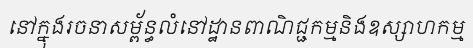
នៅក្នុងរចនាសម្ព័ន្ធលំនៅដ្ឋានពាណិជ្ជកម្មនិងឧស្សាហកម្ម